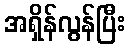
အရှိန်လွန်ပြီး